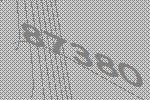
87380